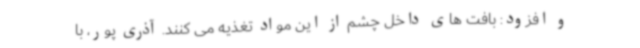
و افزود: بافت های داخل چشم از این مواد تغذیه می کنند. آذری پور، با